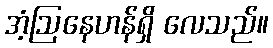
အံ့ဩနေဟန်ရှိ လေသည်။